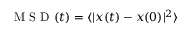
\mathrm { ~ M ~ S ~ D ~ } ( t ) = \langle \vert x ( t ) - x ( 0 ) \vert ^ { 2 } \rangle